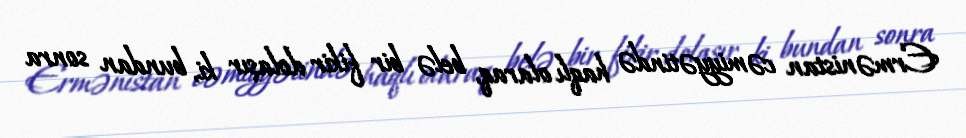
Ermənistan cəmiyyətində haqlı olaraq, belə bir fikir dolaşır ki, bundan sonra